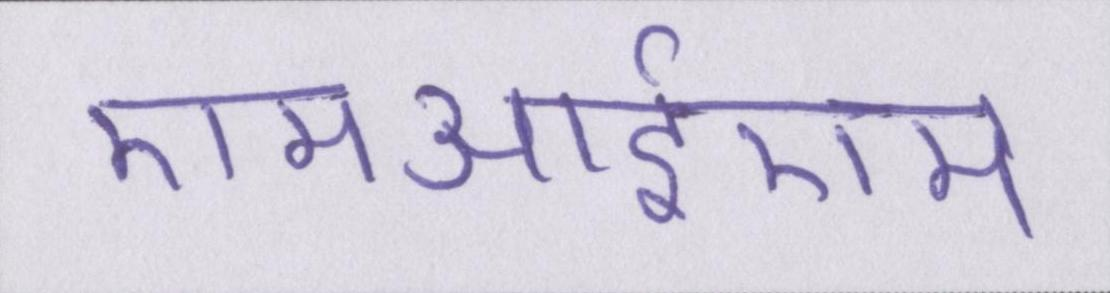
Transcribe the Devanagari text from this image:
एमआईएम